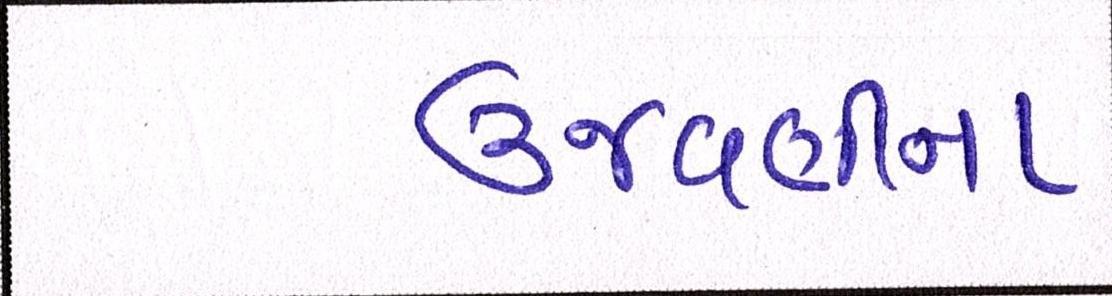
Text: ઉજવણીના